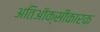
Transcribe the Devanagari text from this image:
अतिऑक्सीकारक